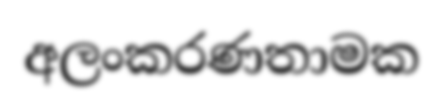
අලංකරණතාමක